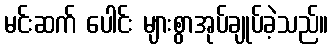
မင်းဆက် ပေါင်း များစွာအုပ်ချုပ်ခဲ့သည်။